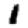
Digit: 1